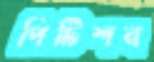
পিটিশন